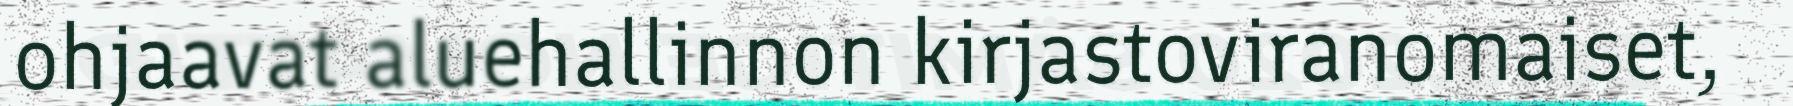
ohjaavat aluehallinnon kirjastoviranomaiset,